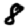
Digit: 8